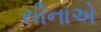
સીનાએ